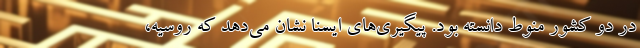
در دو کشور منوط دانسته بود. پیگیری‌های ایسنا نشان می‌دهد که روسیه،